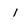
Character: i